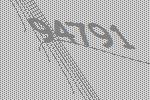
94791